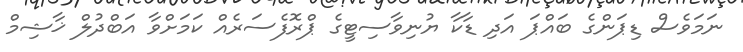
ނަމަވެސް ޑިޕަންގެ ބައްޕަ އަދި ޑާކާ ޔުނިވާސިޓީގެ ޕްރޮފެސަރެއް ކަމަށްވާ އަބްދުލް ޚާޝިމް